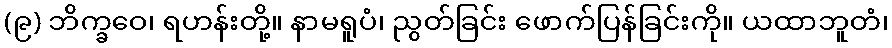
(၉) ဘိက္ခဝေ၊ ရဟန်းတို့။ နာမရူပံ၊ ညွတ်ခြင်း ဖောက်ပြန်ခြင်းကို။ ယထာဘူတံ၊